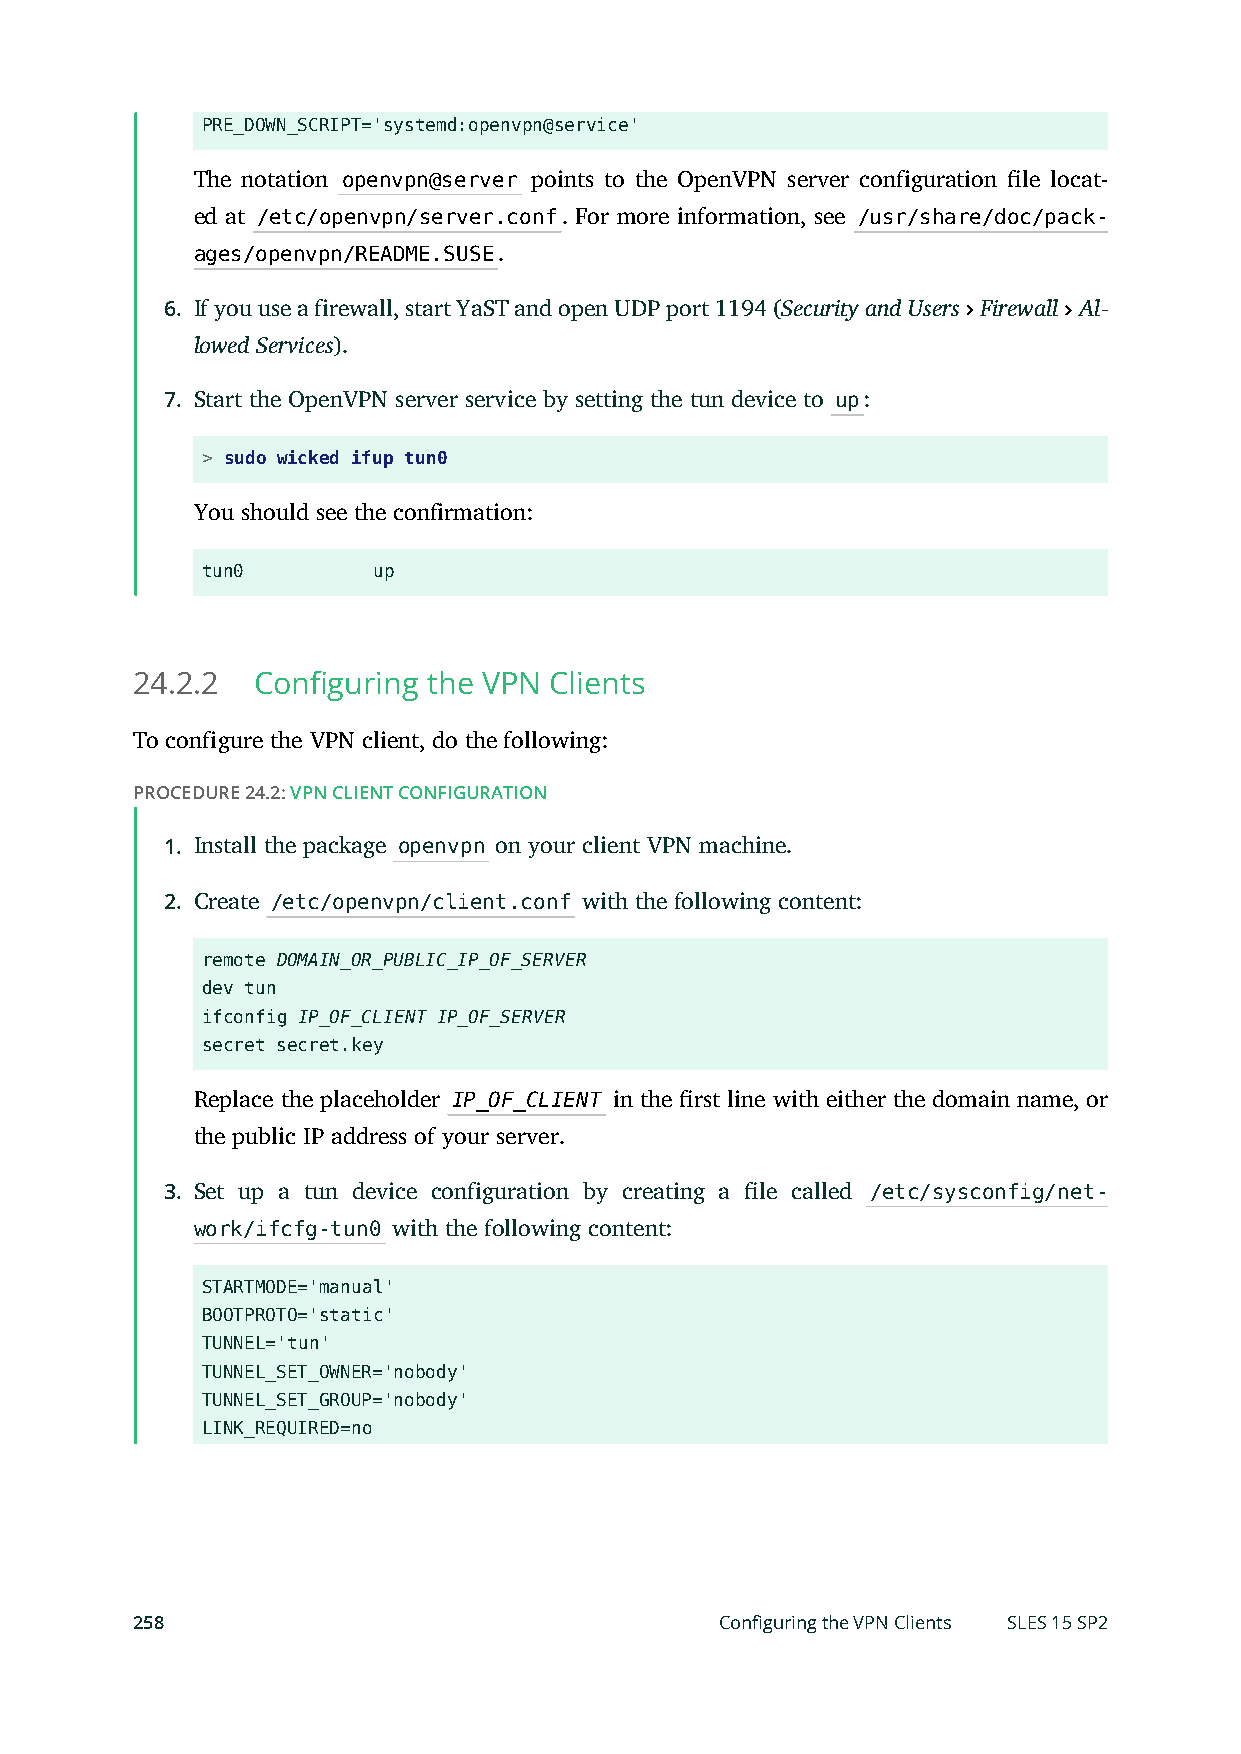
PRE_DOWN_SCRIPT='systemd:openvpn@service'
 The notation openvpn@server points to the OpenVPN server configuration le locat-
 ed at /etc/openvpn/server.conf. For more information, see /usr/share/doc/pack-
 ages/openvpn/README.SUSE.
 6. If you use a firewall, start YaST and open UDP port 1194 (Security and Users Firewall Al-
 lowed Services).
 7. Start the OpenVPN server service by setting the tun device to up:
 > sudo wicked ifup tun0
 You should see the confirmation:
 tun0        up
 24.2.2  Configuring the VPN Clients
 To configure the VPN client, do the following:
 PROCEDURE 24.2: VPN CLIENT CONFIGURATION
 1. Install the package openvpn on your client VPN machine.
 2. Create /etc/openvpn/client.conf with the following content:
 remote DOMAIN_OR_PUBLIC_IP_OF_SERVER
 dev tun
 ifconfig IP_OF_CLIENT IP_OF_SERVER
 secret secret.key
 Replace the placeholder IP_OF_CLIENT in the rst line with either the domain name, or
 the public IP address of your server.
 3. Set up a tun device configuration by creating a le called /etc/sysconfig/net-
 work/ifcfg-tun0 with the following content:
 STARTMODE='manual'
 BOOTPROTO='static'
 TUNNEL='tun'
 TUNNEL_SET_OWNER='nobody'
 TUNNEL_SET_GROUP='nobody'
 LINK_REQUIRED=no
 258                                    Configuring the VPN Clients SLES 15 SP2